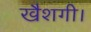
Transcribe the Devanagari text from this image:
खैशगी।